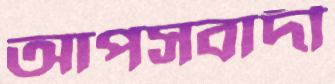
আপসবাদী